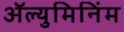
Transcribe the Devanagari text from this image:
ॲल्युमिनिंम